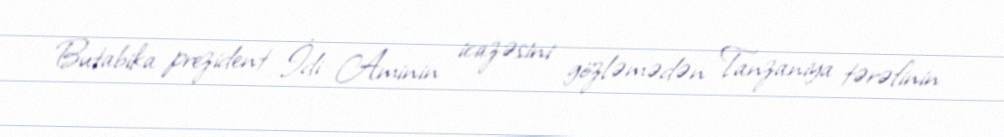
Butabika prezident İdi Aminin icazəsini gözləmədən Tanzaniya tərəfinin